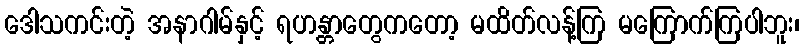
ဒေါသကင်းတဲ့ အနာဂါမ်နှင့် ရဟန္တာတွေကတော့ မထိတ်လန့်ကြ မကြောက်ကြပါဘူး၊